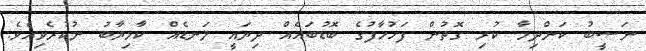
ނަސީބު ކަންދިމާ ކުރި ގޮތުން ފަހުހާފުގެ ބޮޑުބައެއް ދިޔައީ ލަނޑެއް ކާމިޔާބު ނުކުރެވިއެވެ.